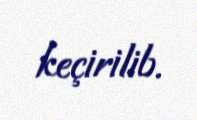
keçirilib.